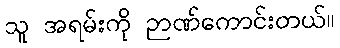
သူ အရမ်းကို ဉာဏ်ကောင်းတယ်။